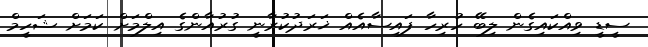
ސީޑީ ވިއްކައިގެން ލިބޭ ހުރިހާ ފައިސާއެއް ޚަރަދުކުރާނީ ގުރުއާންގެ އިލްމަށް ކަމަށް ޝަހީމް